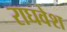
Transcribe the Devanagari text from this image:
राघवेश